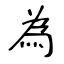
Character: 為